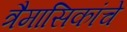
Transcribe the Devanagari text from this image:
त्रैमासिकांचे